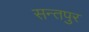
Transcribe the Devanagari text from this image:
सन्तपुर